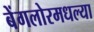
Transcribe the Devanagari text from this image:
बेंगलोरमधल्या